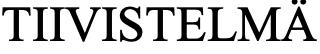
TIIVISTELMÄ